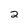
Character: 2